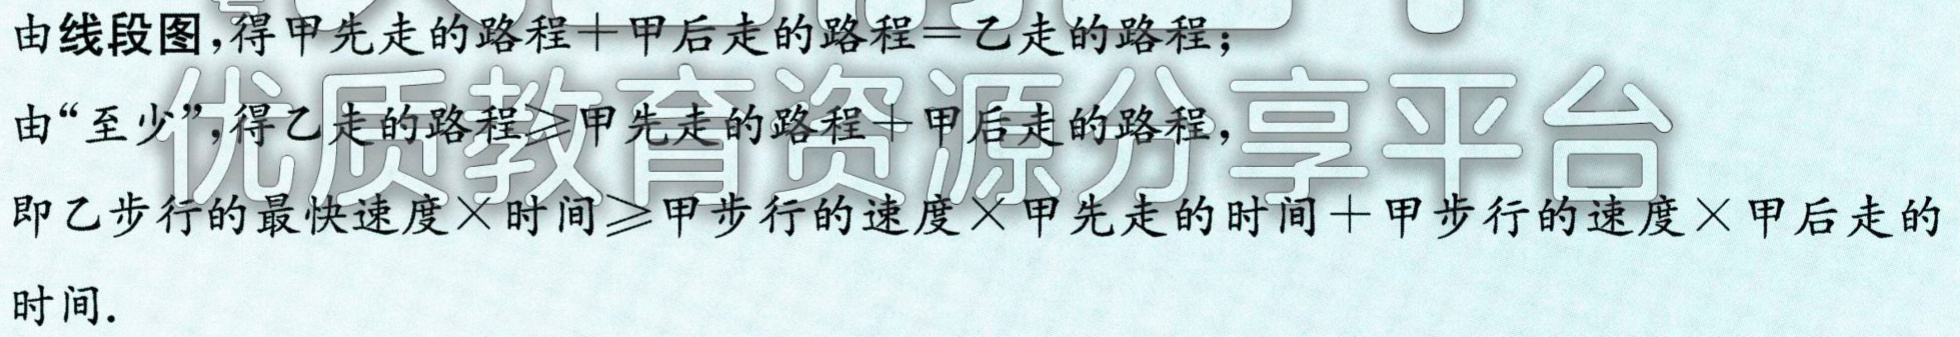
由线段图，得甲先走的路程＋甲后走的路程＝乙走的路程；

由“至少”，得乙走的路程$\geqslant$甲先走的路程＋甲后走的路程，

即乙步行的最快速度×时间$\geqslant$甲步行的速度×甲先走的时间＋甲步行的速度×甲后走的时间.